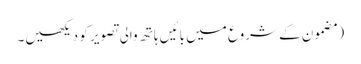
‏ (‏مضمون کے شروع میں بائیں ہاتھ والی تصویر کو دیکھیں۔